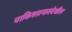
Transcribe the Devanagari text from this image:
पाकिस्तानातदेखील